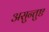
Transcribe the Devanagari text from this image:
असुन्तुष्ट